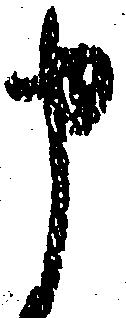
申